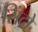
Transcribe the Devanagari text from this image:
सिंदो